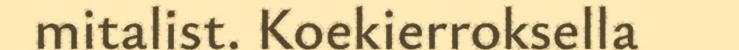
mitalist. Koekierroksella